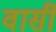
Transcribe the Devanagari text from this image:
वार्सी